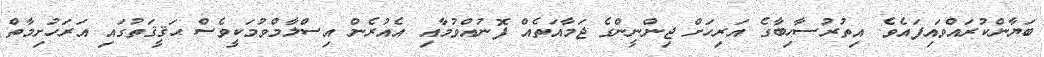
ބަޔާންކުރައްވައިފައެވެ. އިތުރުސާހިބާގެ އަރިހަށް ޖިންނީންގެ ޖަމާއަތެއް ފޮނުއްވުމާއި އެއުރެން އިސްލާމްވުމަކީވެސް ޙަޤީޤަތުގައި އަރަހުށިމާތް